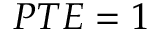
P T E = 1